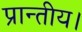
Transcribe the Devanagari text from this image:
प्रान्तीय।